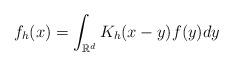
LaTeX: \begin{align*}f_h(x) = \int_{\mathbb{R}^d} K_h(x-y)f(y)dy\end{align*}